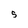
Character: 5